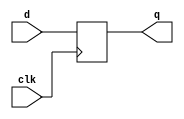
module dff23(d,clk,q);
input [22:0]d;
input clk;
output reg [22:0]q;

always @ (posedge clk)
begin
q <= d;
end
endmodule